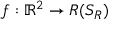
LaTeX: f : \mathbb { R } ^ { 2 } \rightarrow R ( S _ { R } )